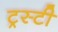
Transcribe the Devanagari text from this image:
ट्रस्‍टी